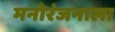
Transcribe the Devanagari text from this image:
मनोरंजनाला